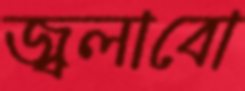
জ্বলাবো